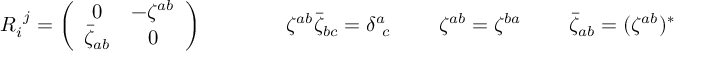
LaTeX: \begin{array} { c c c c } { { R _ { i } ^ { ~ j } = \left( \begin{array} { c c } { { 0 } } & { { - \zeta ^ { a b } } } \\ { { \bar { \zeta } _ { a b } } } & { { 0 } } \end{array} \right) ~ ~ ~ ~ } } & { { ~ ~ ~ ~ ~ \zeta ^ { a b } \bar { \zeta } _ { b c } = \delta _ { ~ c } ^ { a } ~ ~ } } & { { ~ ~ \zeta ^ { a b } = \zeta ^ { b a } ~ ~ } } & { { ~ ~ \bar { \zeta } _ { a b } = ( \zeta ^ { a b } ) ^ { \ast } } } \end{array}